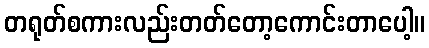
တရုတ်စကားလည်းတတ်တော့ကောင်းတာပေါ့။